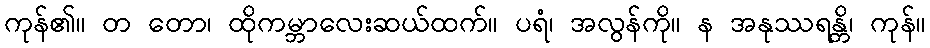
ကုန်၏။ တ တော၊ ထိုကမ္ဘာလေးဆယ်ထက်။ ပရံ၊ အလွန်ကို။ န အနုဿရန္တိ၊ ကုန်။